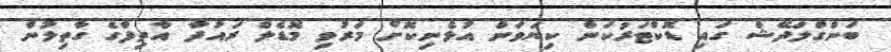
ބަންގްލަދޭޝް ގައި ޑޮކްޓަރުކަން ކިޔަވަން އުޅެނިކޮށް މަރުވި މޮޑެލް ރައުދާ އާތިފްގެ ގާތިލުން